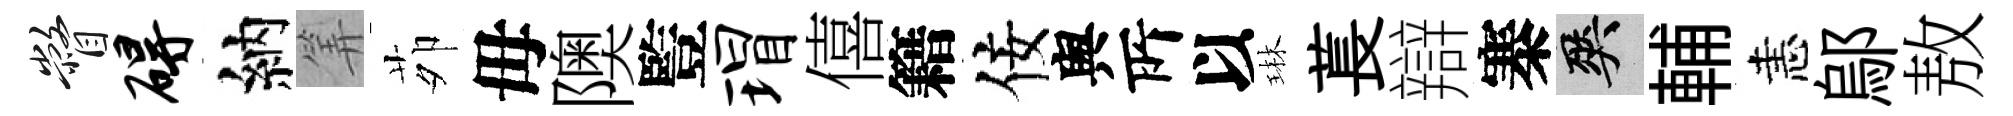
瞥碍納筭茆毋隩䜿瑁僖籍佞舆𠩄以琳萇辯寨爽輔恚鄔敖